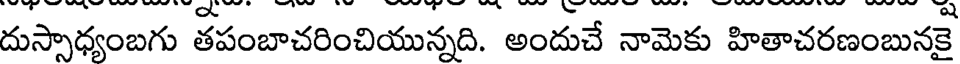
దుస్సాధ్యంబగు తపంబాచరించియున్నది. అందుచే నామెకు హితాచరణంబునకై